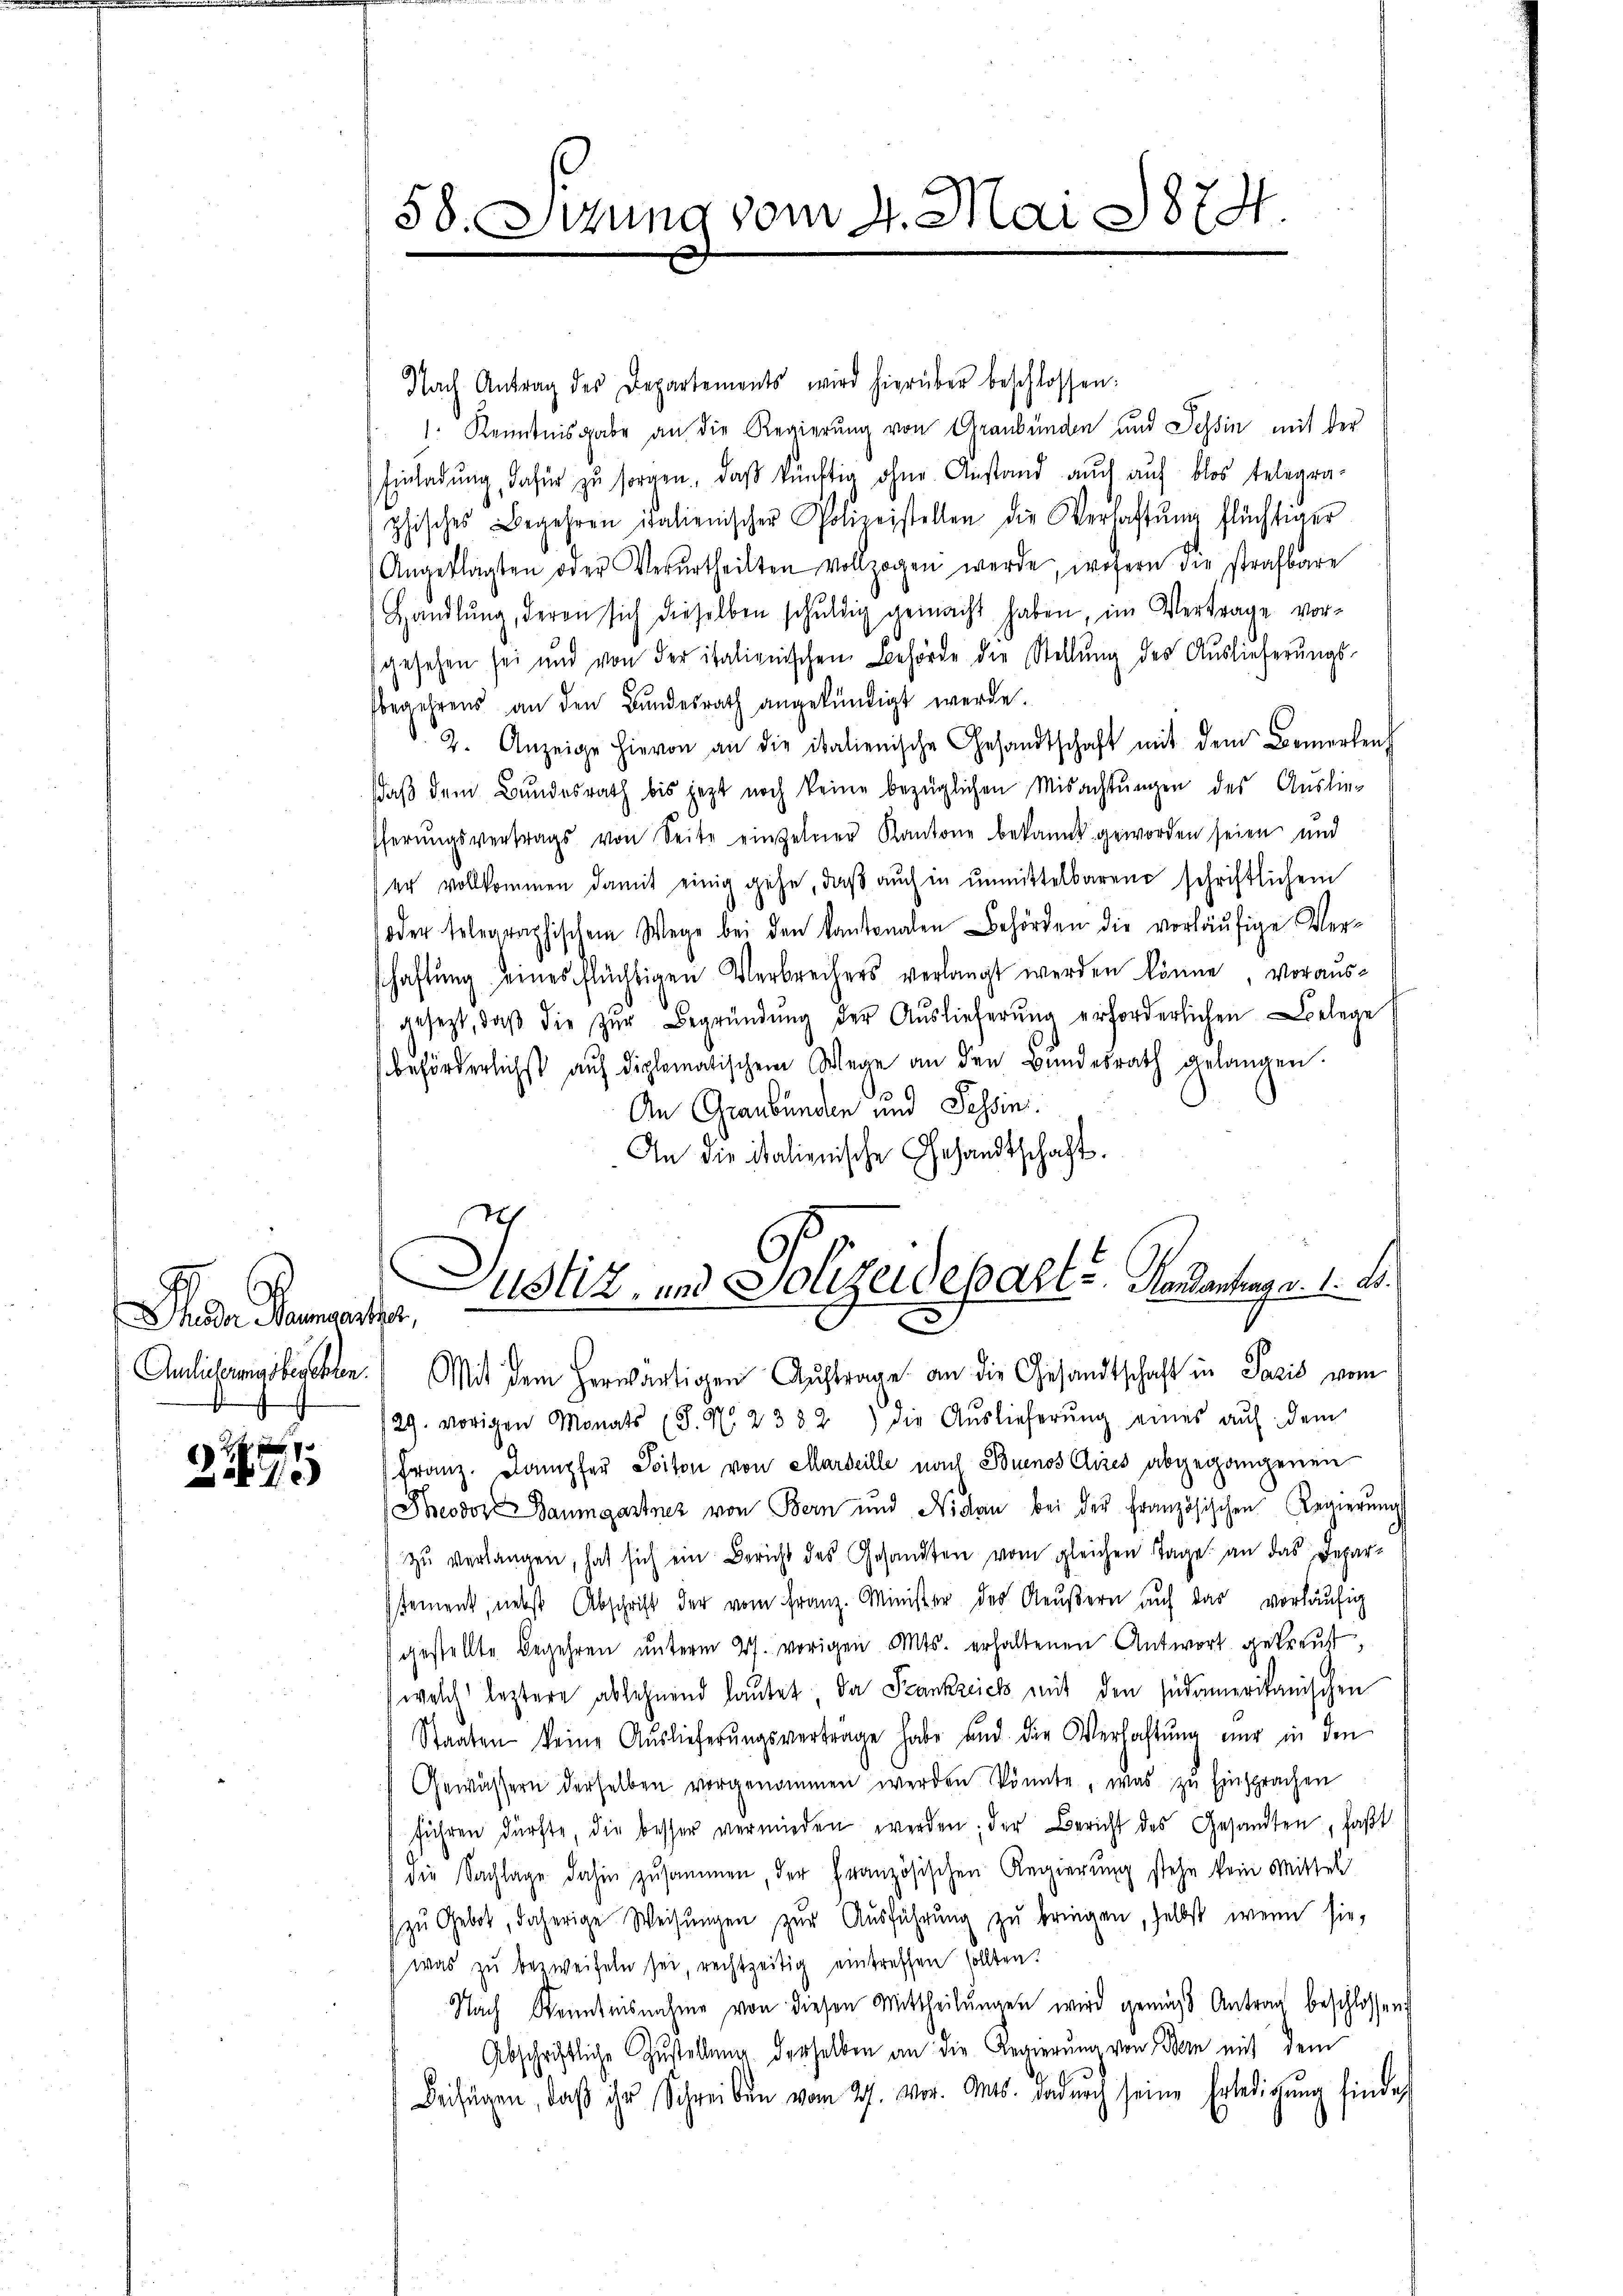
Seder Raumeister,
d

24 x
1

Nach Antrag des Departements wird hierüber beschlossen:
1. Kenntnisgabe an die Regierung von Graubünden und Tessin mit der
Einladŭng, dafür zŭ sorgen, daß künftig ohne Anstand auch auf blos telegra-
phisches Begehren italienischer Polizeistellen die Verlastŭng flüchtiger
Angeklagten oder Verurtheilten vollzogen werde, wofern die strafbare
Handlŭng, deren sich dieselben schŭldig gemacht haben, im Vertrage vor-
gesehen sei und von der italienischen Behörde der Stellŭng des Auslieferŭngs-
begehrens an den Bundesrath angekündigt werde.
2. Anzeige hievon an die italienische Gesandtschaft mit dem Bemerken
daβ dem Bundesrath bis jezt noch keine bezüglichen Misachtŭngen des Auslieferŭngsvertrags von Seite einzelner Kantone bekannt geworden seien und
er vollkommen damit einig gehe, daβ aŭch in unmittelbaren schriftlichem
oder telegraphischem Wege bei den kantonalen Behörden die vorläufige Verschaftung eines flüchtigen Verbrechers verlangt werden könne, vorausgesezt, daβ die zŭr Begründŭng der Aŭslieferŭng erforderlichen Belege
beförderlichst auf diplomatischem Wege an den Bŭndesrath gelangen.
An Graubünden und Tessin.
An die italienische Gesandtschaft.
Anlicherungsbeschen.) Mit dem herwärtigen Auftrage an die Gesandtschaft in Paris vom
29. vorigen Monats (S. No. 2382) die Aŭslieferŭng eines aŭf dem
Franz. Dampfer Soiton von Marseille nach Buenos Clires abgegangenen
Theodor Baumgartner von Bern und Nidau bei der Französischen Regierŭng
zŭ verlangen, hat sich ein Bericht des Gesandten vom gleichen Tage an das Depar-
ssement, nebst Abschrift der vom Franz. Minister des Reŭβern auf das vorläŭfig
gestellte Begehren ŭnterm 27. vorigen Mts. erhaltenen Antwort getreust,
(welch leztere ablehnend lautet da Frankreich mit den südamerikanischen
Staaten keine Auslieferŭngsverträge habe und die Verhaltŭng nur in den
Gewässern derselben vorgenommen werden könnte, was zu Einsprachen
führen dürfte, die besser vermieden werden; der Bericht des Gesandten, faßt
die Sachlage dahin zusammen, der Französischen Regierung stehe kein Mittel
zŭ Gebot, daherige Weisŭngen zŭr Aŭsführŭng zŭ bringen, selbst, wenn sie,
was zu bezweifeln sei, rechtzeitig eintreffen sollten?
Nach Kenntnisnahme von diesen Mittheilŭngen wird gemäß Antrag beschlossen,
Abschriftliche Zustellung derselben an die Regierung von Bern mit dem
Beifügen, daß ihr Schreiben vom 27. vor. Mts. dadurch seine Erledigung finde

58. Sizung vom 4. Mai 1874

.
ustiz, und Polizeideparte Handantrag v. 1. A.
A